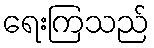
ရေးကြသည်